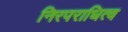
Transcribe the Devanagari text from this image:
निरपराधित्व